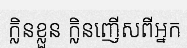
ក្លិនខ្លួន ក្លិនញើសពីអ្នក